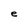
Character: e